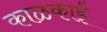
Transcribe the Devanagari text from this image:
काळकाई